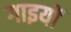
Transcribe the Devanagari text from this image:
गाइयों